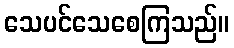
သေပင်သေစေကြသည်။